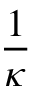
\frac { 1 } { \kappa }